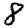
Digit: 8